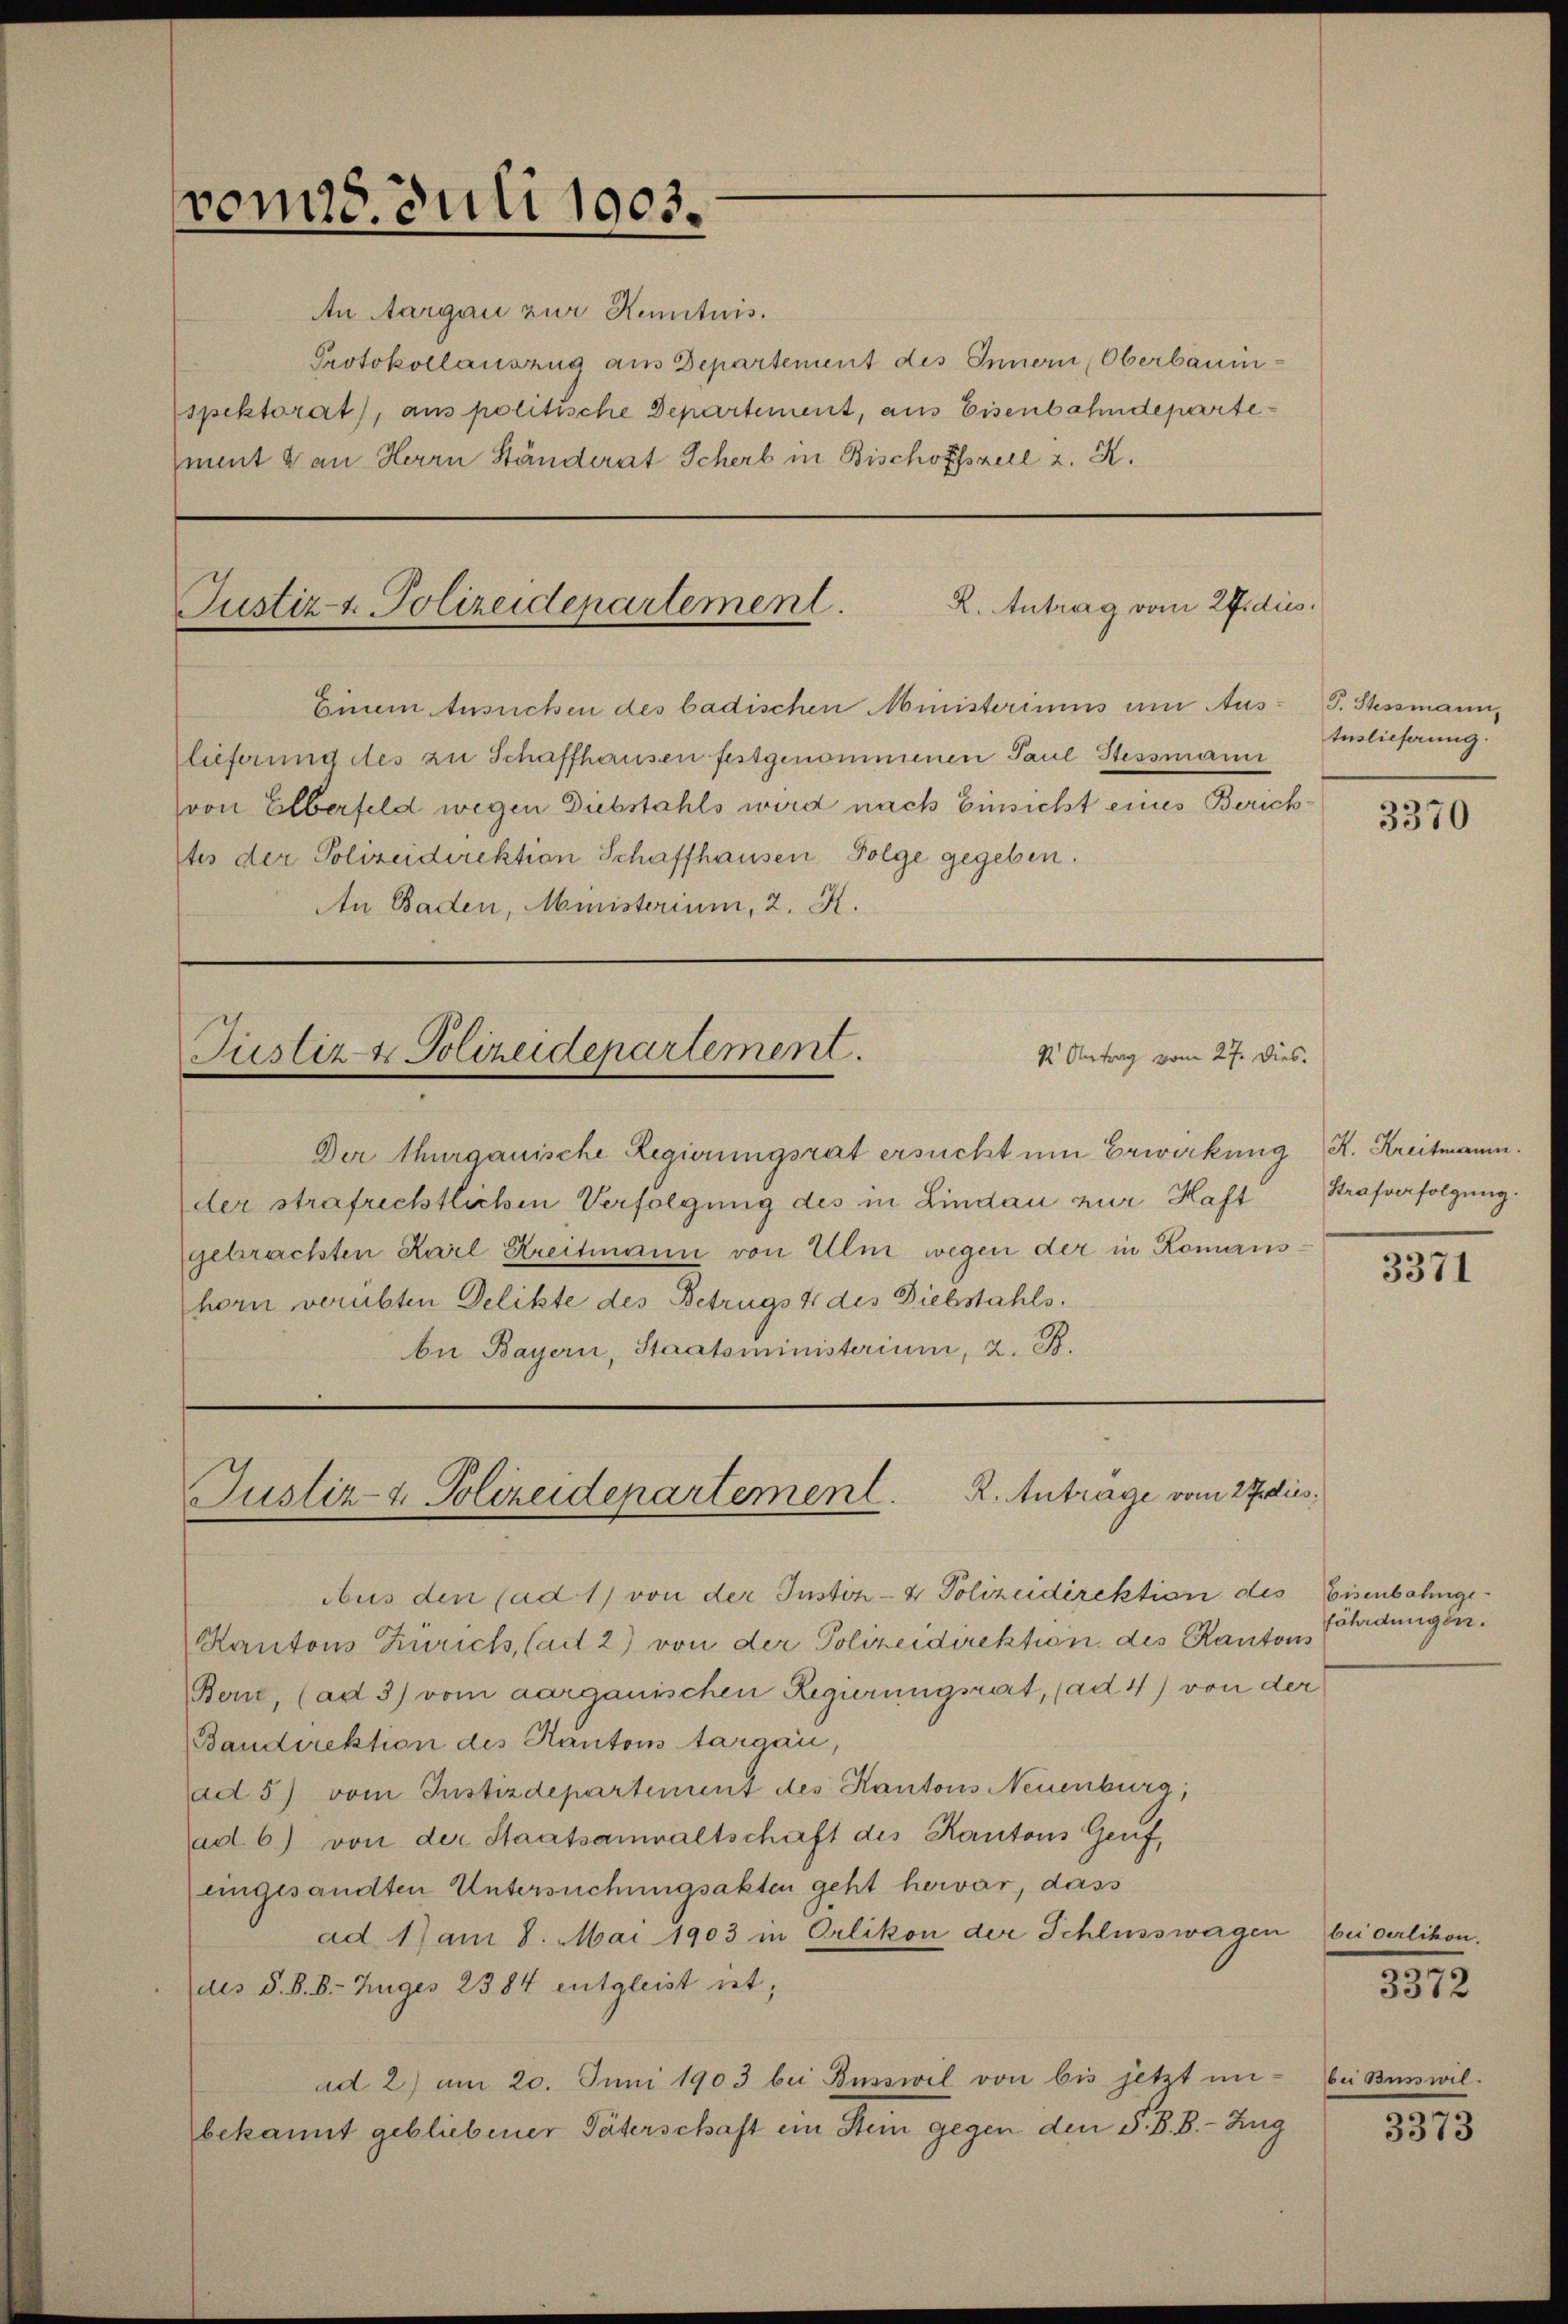
vom 28. Juli 1903.
An Aargau zur Kenntnis.
ment & an Herrn Ständerat Scherb in Bischoffszell u. K.

Protokollauszug aus Departement des Innern Oberbauinspektorat), aus politische Departement, aus Eisenbahndeparte¬

lieferung des zu Schaffhausen festgenommenen Paul Stessmann
von Elberfeld wegen Diebstahls wird nach Einsicht eines Zürichftes der Polizeidirektion Schaffhausen Folge gegeben.
An Baden, Ministerium, 2. K.
Justiz- & Polizeidepartement.
d Antrag vom 27. Dies.

R. Antrag vom 2fidiis.
Justiz- & Polizeidepartement.
Einem Ansuchen des badischen Ministeriums um Aus¬

Aus den (ad 1) von der Justiz- & Polizeidirektion des Eisenbahnge
Kantons Zürich, Cart 2) von der Polizeidirektion des Kantons
(Bone, (ad 3) vom aarganischen Regierungsrat, (ad 4) von der
Baudirektion des Kantons Aargau,
ad 5) vom Instizdepartement des Kantons Neuenburg,
ad 6) von der Staatsanwaltschaft des Kantons Genf,
eingesandten Untersuchungsakten geht hervor, dass
ad 1) am 8. Mai 1903 in Orlikon der Schlusswagen
des S. B. B. Zuges 2384 entgleist ist,
ad 2) am 20. Juni 1903 bei Biswil von bis jetzt unbekannt gebliebener Väterschaft in Stein gegen den S. B. B. - Zug

Der Thurgauische Regierungsrat ersucht um Erwirkung K. Kreitmann.
der strafrichtlichen Verfolgung des in Lindau zur Haft
gebrachten Karl Breitmann von Ulm wegen der in Komanshorn verübten Delikte des Betrugs 4 des Diebstahls.
be Bayern, Staatsministerium, 2. B.

Justiz- & Polizeidepartement. K. Antrage vom 27 dies

T. Stessmann,
Auslieferung.

3370

Strafverfolgung.

3371

fährdungen.

bei derlikon.

3372

bei Busswil.
3373